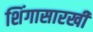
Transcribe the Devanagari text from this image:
शिंगासारखी